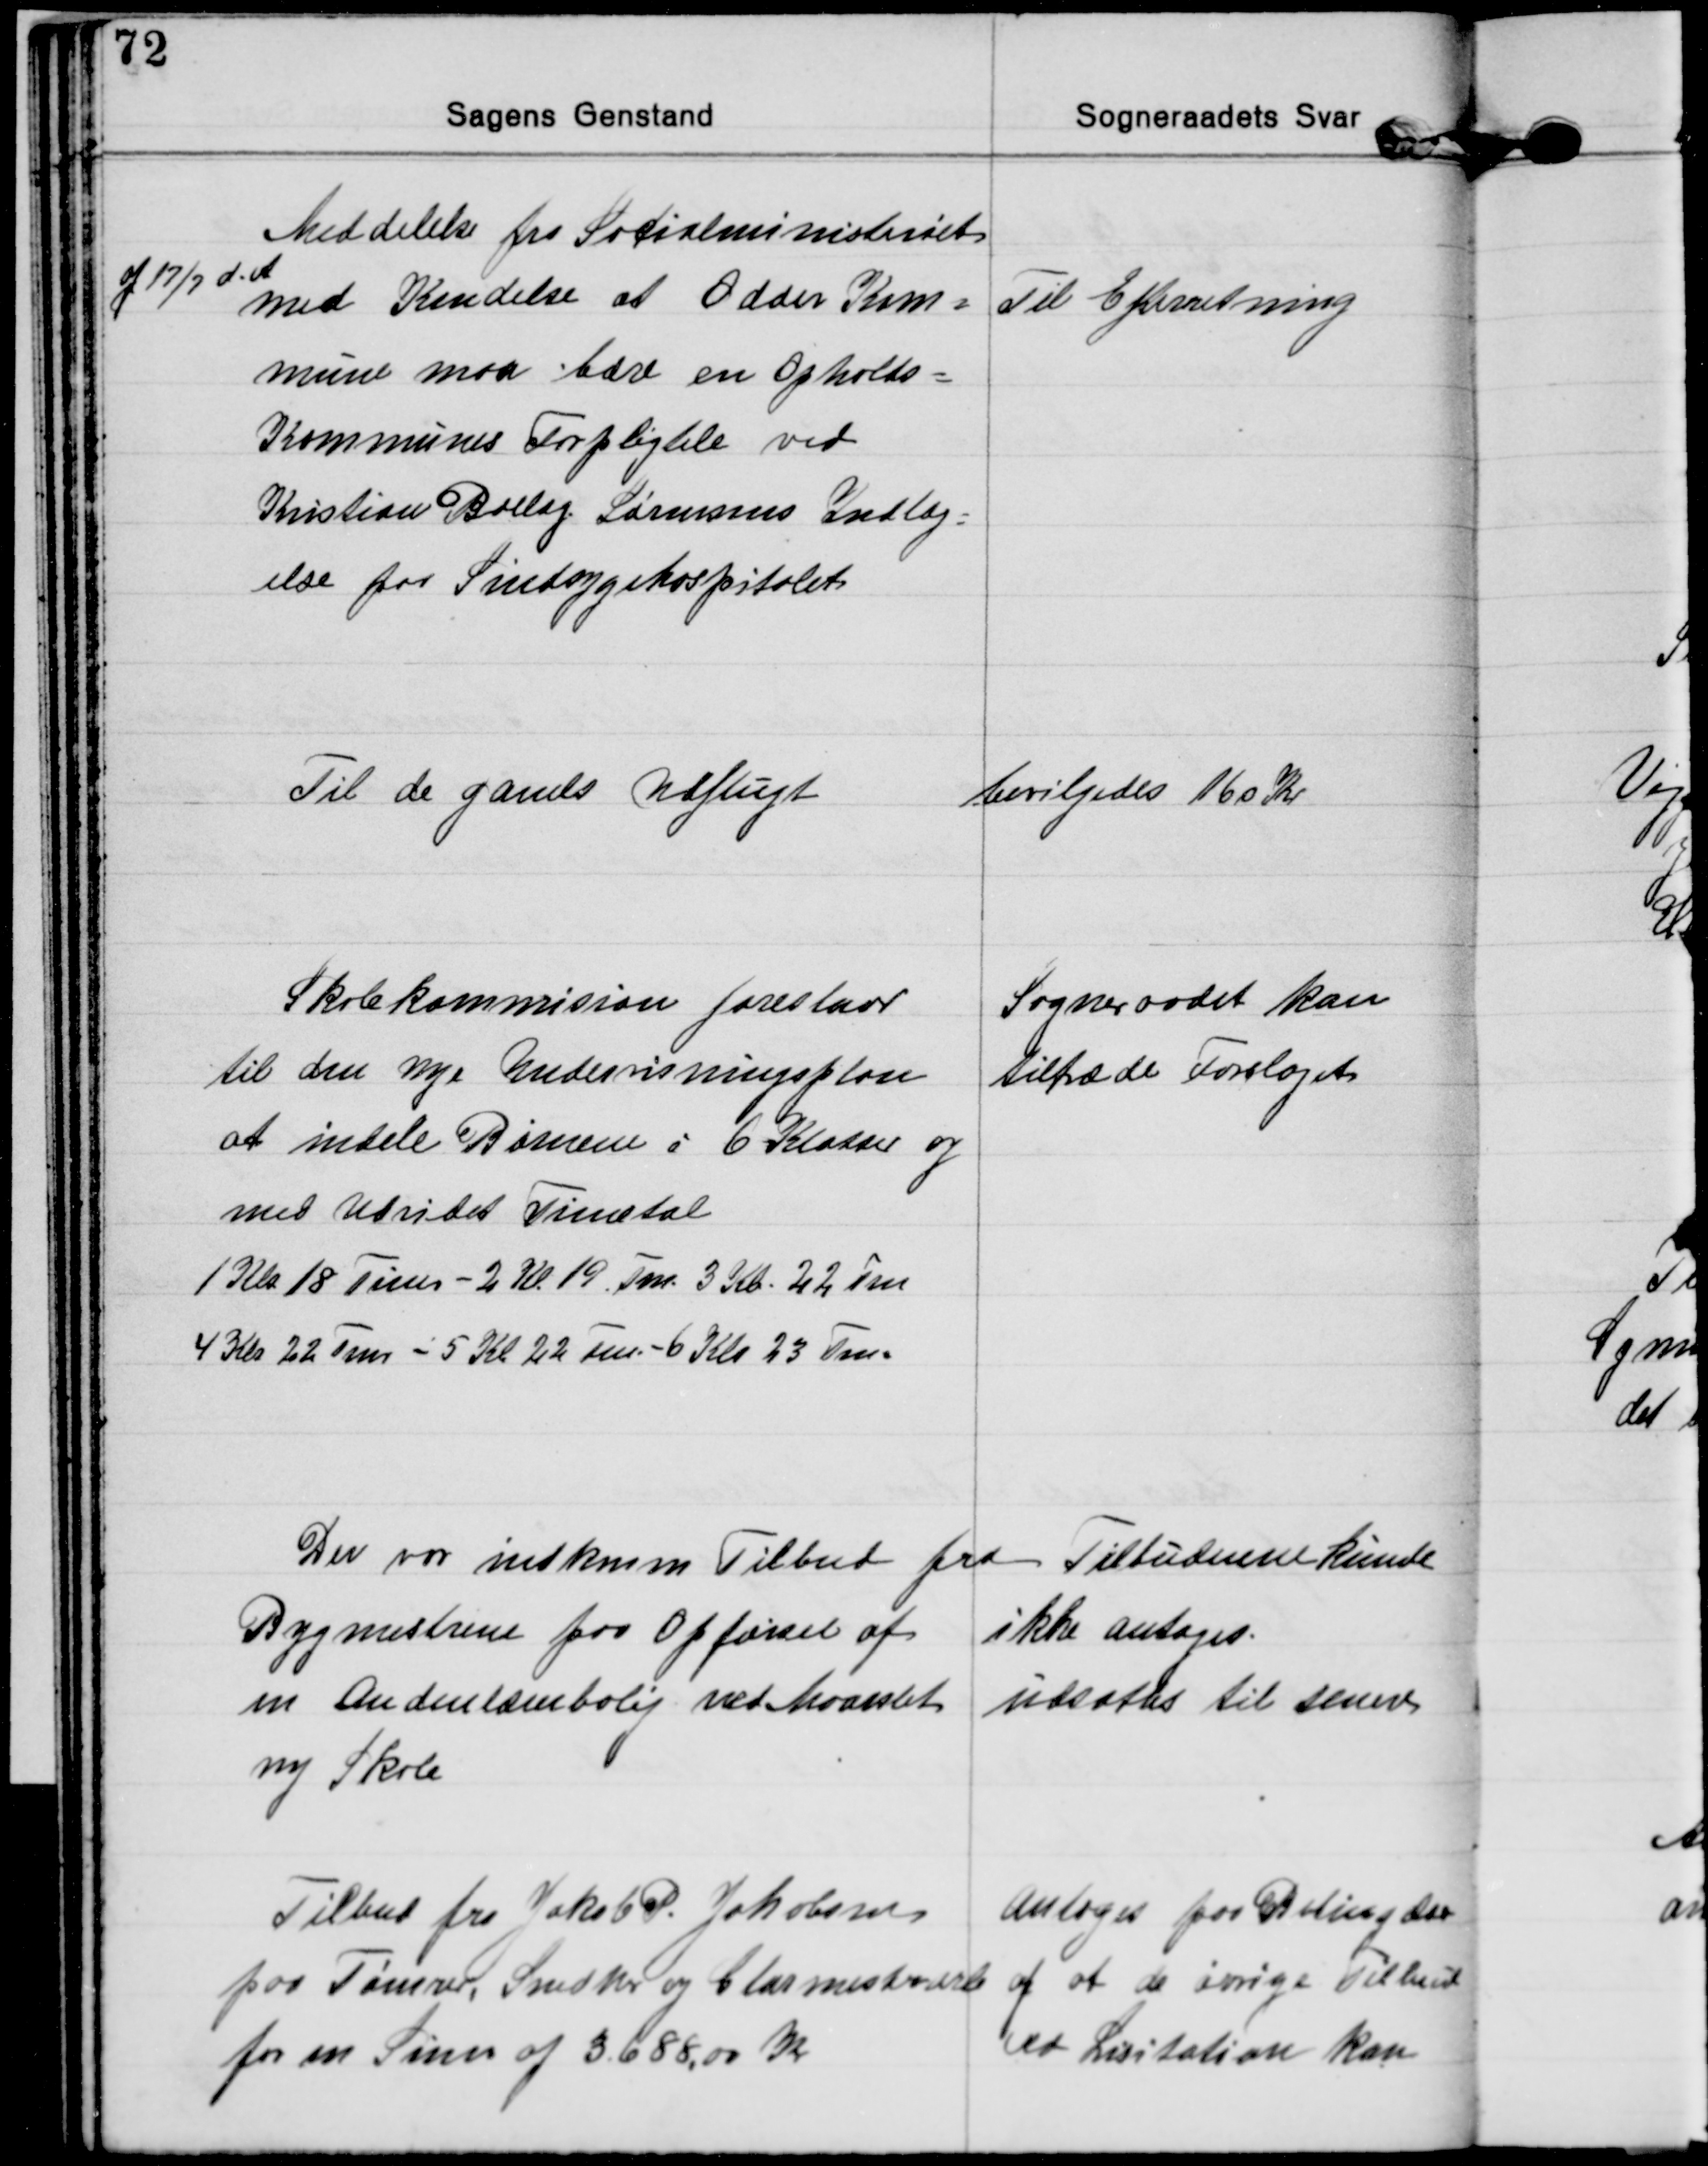
Transskription:
Meddelelse fra Socialministeriet
af 17/7 d. A.
med Kendelse at Odder Kom=
mune maa bære en Opholds=
Kommunes Forpligtelse ved
Kristian Brelag Sørensens Indlæg-
else paa Sindsygehospitalet
Til Efterretning

Til de gamls Udflugt
bevilgedes 160 Kr

Skolekommision foreslaar
til den nye Undervisningsplan
at indele Børnene i 6 Klasser og
med Udvidet Timetal
1 Kla. 18 Timer - 2 Kl. 19 Tm. 3 Kl. 22 Tm
4 Kla 22 Tm - 5 Kl 22 Tm. - 6 Kl 23 Tm.
Sogneraadet kan
tiltræde Forslaget

Der var indkomm Tilbud fra
Bygmestrene paa Opførsel af
en Andenlærerbolig ved Maarslet 
ny Skole
Tilbudenne kunde 
ikke antages. 
udsattes til senere

Tilbud fra Jakob P. Jakobsen
paa Tømrer, Snedker og Glarmesterarb
for en Sum af 3.688,00 Kr.
Antoges paa Betingelse
af at de øvrige Tilbud
ved Lisitation kan